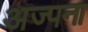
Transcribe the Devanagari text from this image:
अज्पना